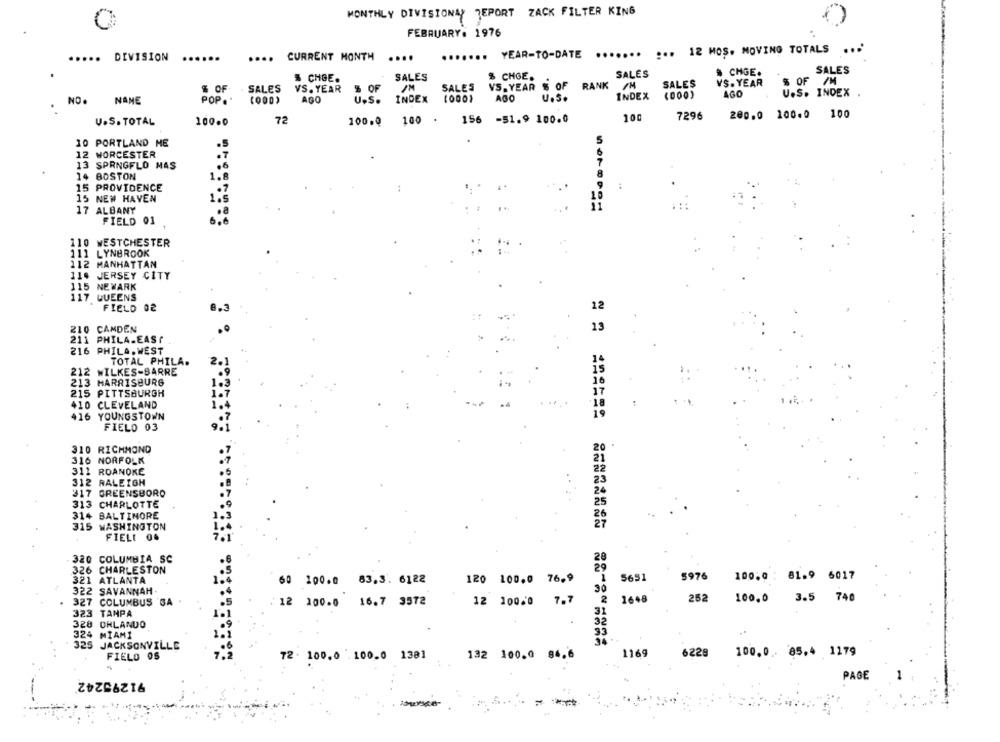
MONTHLY DIVISIONAY REPORT ZACK FILTER KING
FEBRUARY. 1976
....... YEAR-TO-DATE ....... ... 12 MOS. MOVING TOTALS
.....
DIVISION
....
CURRENT MONTH
.....
SALES
# CHGE.
SALES
& CHGE.
SALES
& CHGE.
VS. YEAR
$ OF /M
% OF-
. SALES
VS. YEAR
% OF
SALES
VS. YEAR $ OF RANK
SALES
INDEX
AGO
U.S. INDEX
NO.
NANE
POP ..
AGO
U.S.
INDEX
AGO
U.S.
72
156 -51.9 100.0
100
7296
200.0 100.0
100
U.S. TOTAL
100.0
100.0
100 .
5
10 PORTLAND ME
.5
12 WORCESTER
13 SPRNGFLO MAS
.6
14 BOSTON
8
15 PROVIDENCE
15 NEW HAVEN
1.
17 ALBANY
FIELD 01
110 WESTCHESTER
111 LYNBROOK
112 MANHATTAN
114 JERSEY CITY
115 NEWARK
117 QUEENS
FIELD 02
8.3
12
210 CAMDEN
13
211 PHILA.EAST
216 PHILA. WEST
TOTAL PHILA.
212 WILKES-BARRE
213 HARRISBURG
215 PITTSBURGH
410 CLEVELAND
416 YOUNGSTOWN
FIELD 03
310 RICHMOND
316 NORFOLK
311 ROANOKE
312 RALEIGH
317 GREENSBORO
313 CHARLOTTE
314 BALTIMORE
315 WASHINGTON
FIELE 04
320 COLUMBIA SC
326 CHARLESTON
120 100.0 76.9
5651
5976
100.0 : 81.9 6017
321 ATLANTA
60 100.0 83.3. 6122
322 SAVANNAH -
30
327
COLUMBUS SA
12 100.0
7.7
2
16+8
252
100.0
3.5 740
12 100.0 16.7 3572
323
TAMPA
31
328 ORLANDO
324 MIAMI
325 JACKSONVILLE
1169
100.0 . 85.4 1179
FIELD OS
72. 100.0 .100.0 1381
132 100.0 84.6
6229
91295242
PAGE